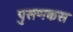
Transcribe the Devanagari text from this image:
पुसणकस